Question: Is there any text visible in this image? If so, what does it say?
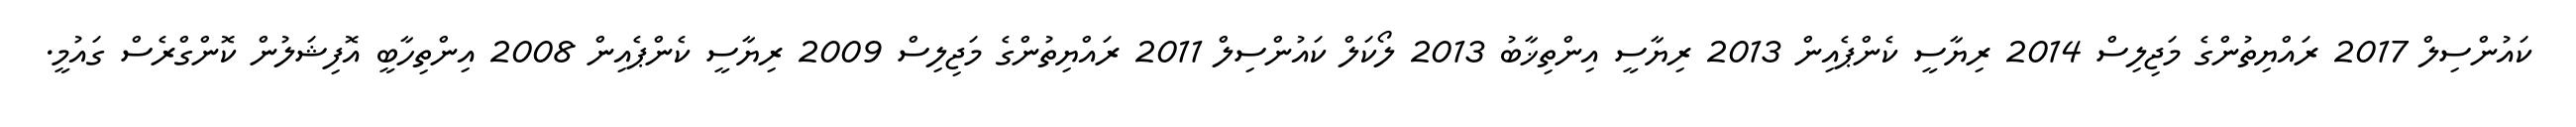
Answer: ކައުންސިލް 2017 ރައްޔިތުންގެ މަޖިލިސް 2014 ރިޔާސީ ކެންޕެއިން 2013 ރިޔާސީ އިންތިޚާބު 2013 ލޯކަލް ކައުންސިލް 2011 ރައްޔިތުންގެ މަޖިލިސް 2009 ރިޔާސީ ކެންޕެއިން 2008 އިންތިހާބީ އޮފިޝަލުން ކޮންގްރެސް ގައުމީ.